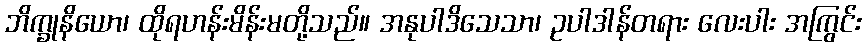
ဘိက္ခုနိယော၊ ထိုရဟန်းမိန်းမတို့သည်။ အနုပါဒိသေသာ၊ ဥပါဒါန်တရား လေးပါး အကြွင်း